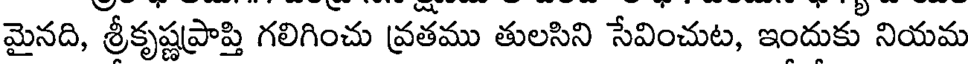
మైనది, శ్రీకృష్ణప్రాప్తి గలిగించు వ్రతము తులసిని సేవించుట, ఇందుకు నియమ